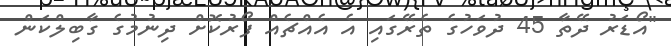
"އޯޑަރު ދޭތާ 45 ދުވަހުގެ ތެރޭގައި އެ އެއްޗެއް ފޯރުކޮށް ދިނުމުގެ ގާބިލްކަން